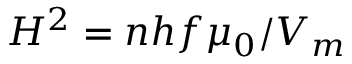
H ^ { 2 } = n h f \mu _ { 0 } / V _ { m }